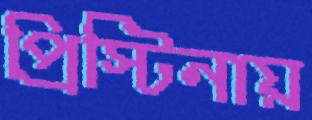
প্রিস্টিনায়